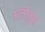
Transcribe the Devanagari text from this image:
अलीतुस